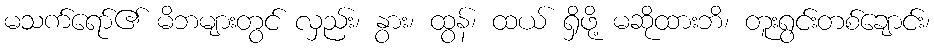
မသက်ရော်၏ မိဘများတွင် လှည်း၊ နွား၊ ထွန်၊ ထယ် ရှိဖို့ မဆိုထားဘိ၊ တူးရွင်းတစ်ချောင်း၊